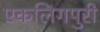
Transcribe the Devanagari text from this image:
एकलिंगपुरी